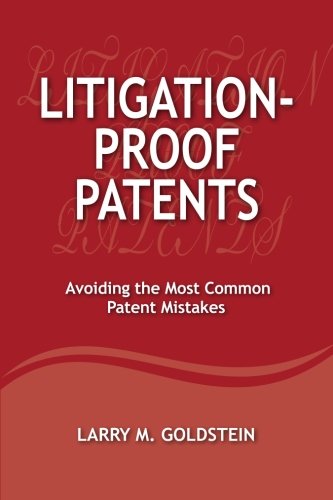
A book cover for Litigation-Proof Patents: Avoiding the Most Common Patent Mistakes; Mr. Larry M Goldstein; Law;